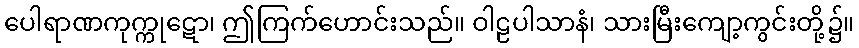
ပေါရာဏကုက္ကုဋော၊ ဤကြက်ဟောင်းသည်။ ဝါဠပါသာနံ၊ သားမြီးကျော့ကွင်းတို့၌။